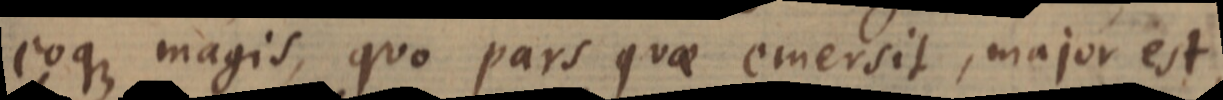
eoque magis, quo pars quae emersit, major est,